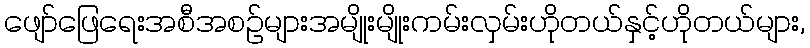
ဖျော်ဖြေရေးအစီအစဉ်များအမျိုးမျိုးကမ်းလှမ်းဟိုတယ်နှင့်ဟိုတယ်များ,